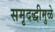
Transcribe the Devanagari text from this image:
समृदद्धीमुळे